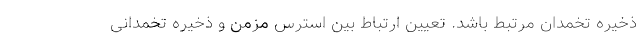
ذخیره تخمدان مرتبط باشد. تعیین ارتباط بین استرس مزمن و ذخیره تخمدانی